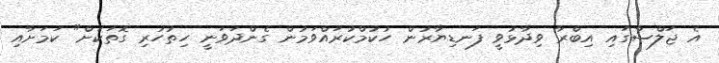
އެ ޖަލްސާގައި އިބްރާ ވިދާޅުވީ ފަނޑިޔާރުން ހުކުމްކުރައްވަމުން ގެންދަވަނީ ހިތުހުރި ގޮތަކަށް" ކަމަށާއި